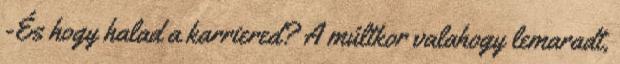
-És hogy halad a karriered? A múltkor valahogy lemaradt,